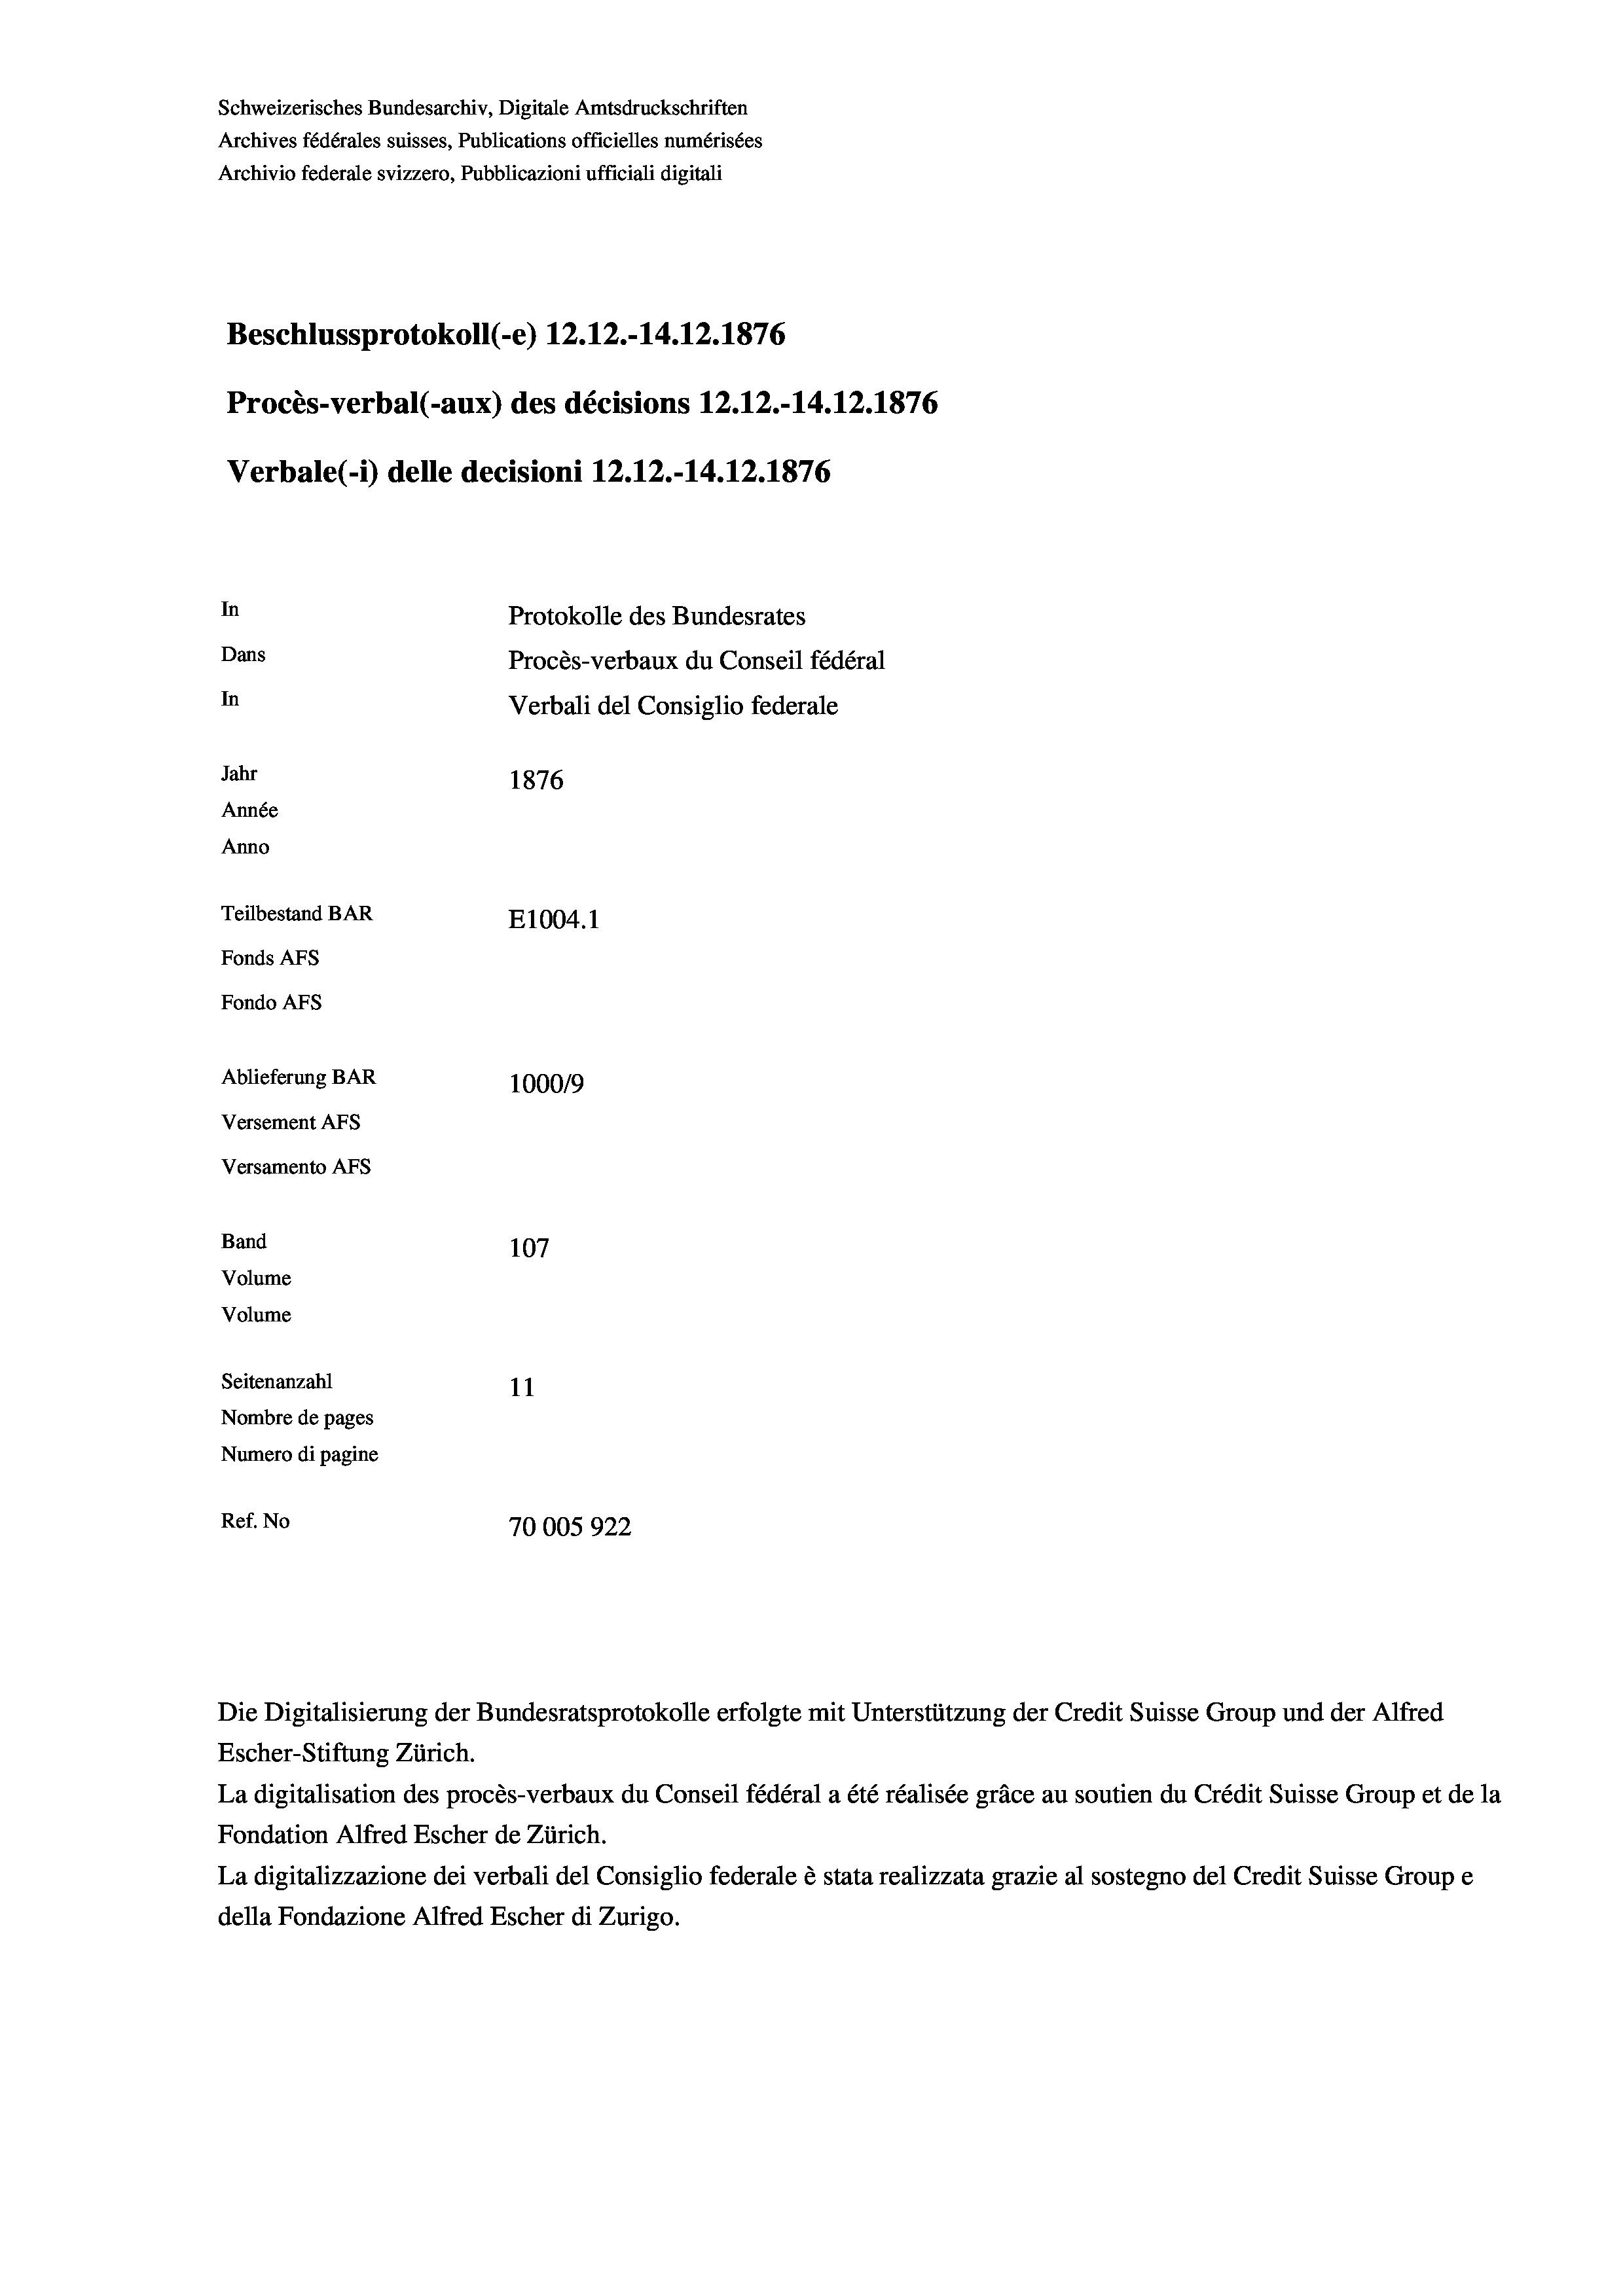
Schweizerisches Bundesarchiv, Digitale Amtsdruckschriften
Archives fédérales suisses, Publications officielles numérisées
Archivio federale svizzero, Pubblicazioni ufficiali digitali
Beschlussprotokoll (-e) 12.12.-14. 12. 1876
Procès-verbal (-aux) des décisions 12.12.-14.12.1876
Verbale (- 1) delle decisioni 12.12.-14.12.1876
In
Protokolle des Bundesrates
Dans
Procès-verbaux du Conseil fédéral
In
Verbali del Consiglio federale
Jahr
1876
Année
Anno
Teilbestand BAR
E1004. 1
Fonds Afs
Fondo AFS
Ablieferung BAR
100019
Versement AFs
Versamento AFs
Band
107
Volume
Volume
Seitenanzahl
11
Nombre de pages
Numero di pagine
Ref. No
70005922

La digitalisation des procès-verbaux du Conseil fédéral a été réalisée gräce au soutien du Crédit Suisse Group et de la
Fondation Alfred Escher de Zürich.
La digitalizzazione dei verbali del Consiglio federale è stata realizzata grazie al sostegno del Credit Suisse Groupe
della Fondazione Alfred Escher di Zurigo.

Die Digitalisierung der Bundesratsprotokolle erfolgte mit Unterstützung der Credit Suisse Group und der Alfred
Escher-Stiftung Zürich.